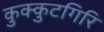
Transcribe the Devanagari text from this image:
कुक्कुटगिरि